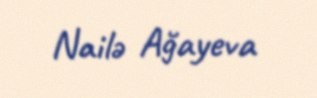
Nailə Ağayeva